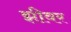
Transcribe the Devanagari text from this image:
झीवर